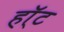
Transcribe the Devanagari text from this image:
हॉ्ट